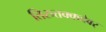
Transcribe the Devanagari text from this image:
तिरुत्तक्कदेवर्